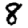
Digit: 8